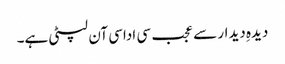
دیدہِ دیدار سے عجب سی اداسی آن لپٹی ہے۔